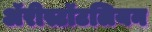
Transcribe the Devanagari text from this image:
ॲरीस्टॉटलियन